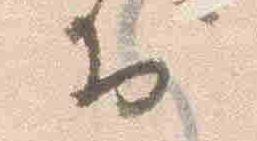
於